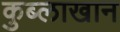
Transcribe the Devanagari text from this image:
कुब्लाखान